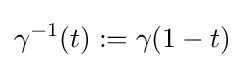
\gamma ^{-1}(t):=\gamma (1-t)